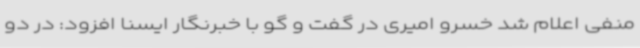
منفی اعلام شد خسرو امیری در گفت و گو با خبرنگار ایسنا افزود: در دو